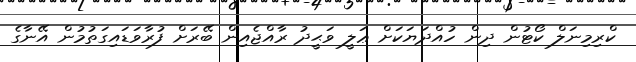
ކްރިމިނަލް ކޯޓުން ދިން ހުއްދަޔަކަށް ޢަލީ ވަޙީދު ރާއްޖެއިން ބޭރަށް ފުރާވަޑައިގަތުމުން އޭނާގެ